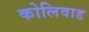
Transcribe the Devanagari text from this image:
कोलिवाड